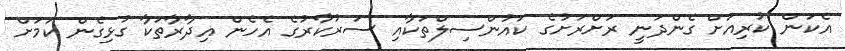
އެކަން ކުރިއަށް ގެންދަނީ ރަށްރަށުގެ ކައުންސިލްތަކާއި ސަރުކާރުގެ އެހެން އިދާރާތަކާ ގުޅިގެން ކަމަށް